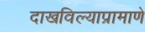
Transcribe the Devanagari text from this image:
दाखविल्याप्रामाणे